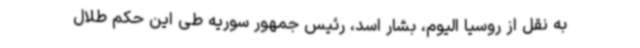
به نقل از روسیا الیوم، بشار اسد، رئیس جمهور سوریه طی این حکم طلال